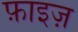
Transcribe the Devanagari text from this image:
फ़ाइज़